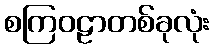
စကြဝဠာတစ်ခုလုံး